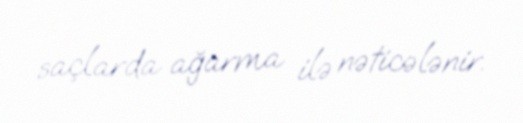
saçlarda ağarma ilə nəticələnir.